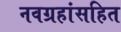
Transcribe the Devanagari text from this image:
नवग्रहांसहित